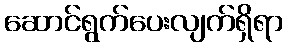
ဆောင်ရွက်ပေးလျက်ရှိရာ